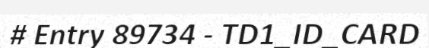
# Entry 89734 - TD1_ID_CARD